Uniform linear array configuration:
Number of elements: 24
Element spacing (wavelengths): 0.25
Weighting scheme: cosine
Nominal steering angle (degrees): -60
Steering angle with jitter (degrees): -58.988
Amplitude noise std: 0.05
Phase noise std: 0.05

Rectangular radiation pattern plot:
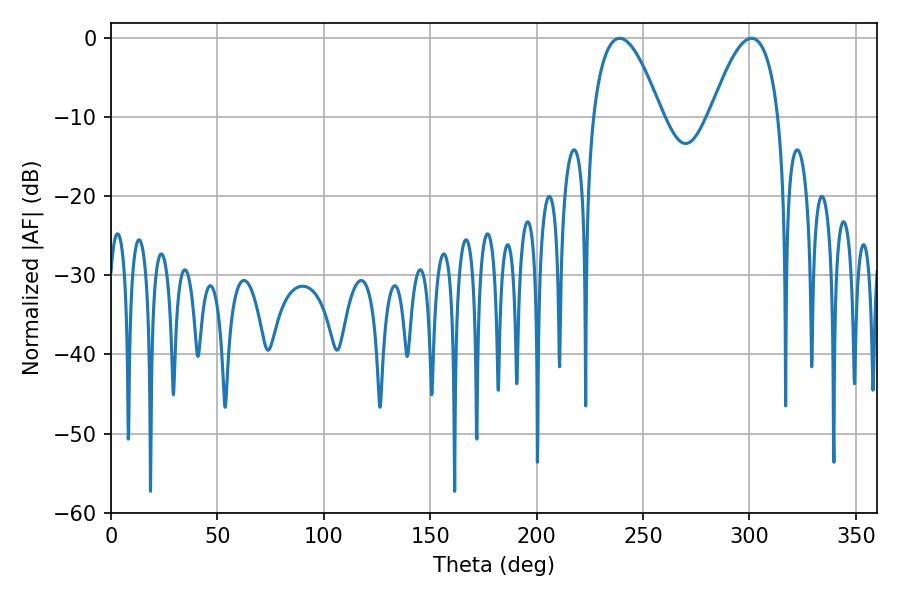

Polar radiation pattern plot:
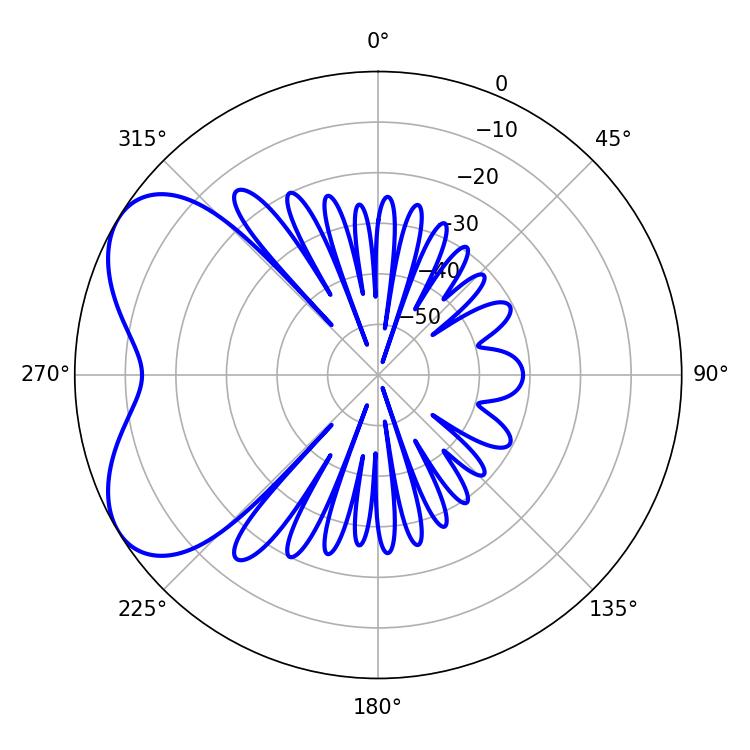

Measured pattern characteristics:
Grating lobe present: FALSE
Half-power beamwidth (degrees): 17.64
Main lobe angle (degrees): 239.04